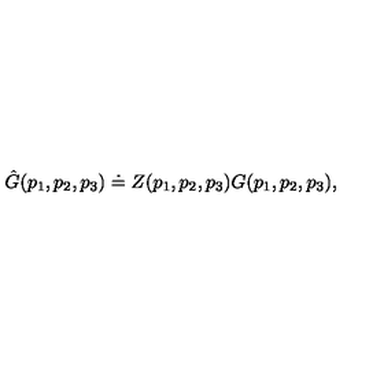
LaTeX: \hat { G } ( p _ { 1 } , p _ { 2 } , p _ { 3 } ) \doteq Z ( p _ { 1 } , p _ { 2 } , p _ { 3 } ) G ( p _ { 1 } , p _ { 2 } , p _ { 3 } ) ,